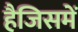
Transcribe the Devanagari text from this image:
हैजिसमें